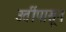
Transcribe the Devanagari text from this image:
उतींपासून